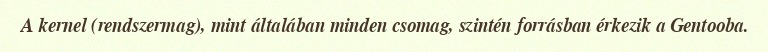
A kernel (rendszermag), mint általában minden csomag, szintén forrásban érkezik a Gentooba.